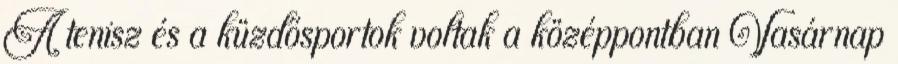
A tenisz és a küzdősportok voltak a középpontban Vasárnap